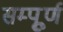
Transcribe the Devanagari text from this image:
सम्पूूूर्ण